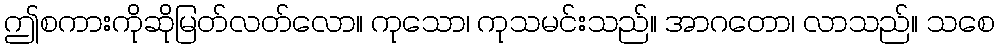
ဤစကားကိုဆိုမြတ်လတ်လော။ ကုသော၊ ကုသမင်းသည်။ အာဂတော၊ လာသည်။ သစေ